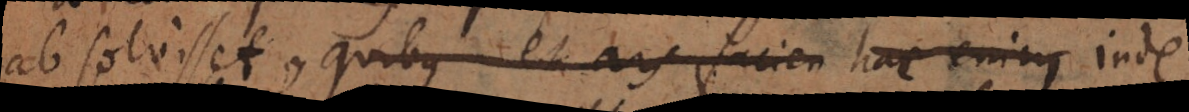
absolvisset, quibus et ars facien hac enim inde